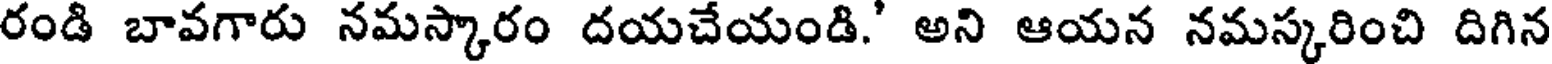
రండి బావగారు నమస్కారం దయచేయండి.' అని ఆయన నమస్కరించి దిగిన